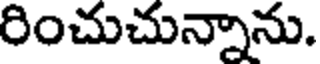
రించుచున్నాను.